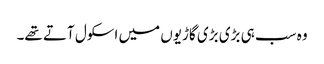
وہ سب ہی بڑی بڑی گاڑیوں میں اسکول آتے تھے۔